Vaccine operations Central Provinces & Berar 1912-1920 - 1912-1920
Year: 1912
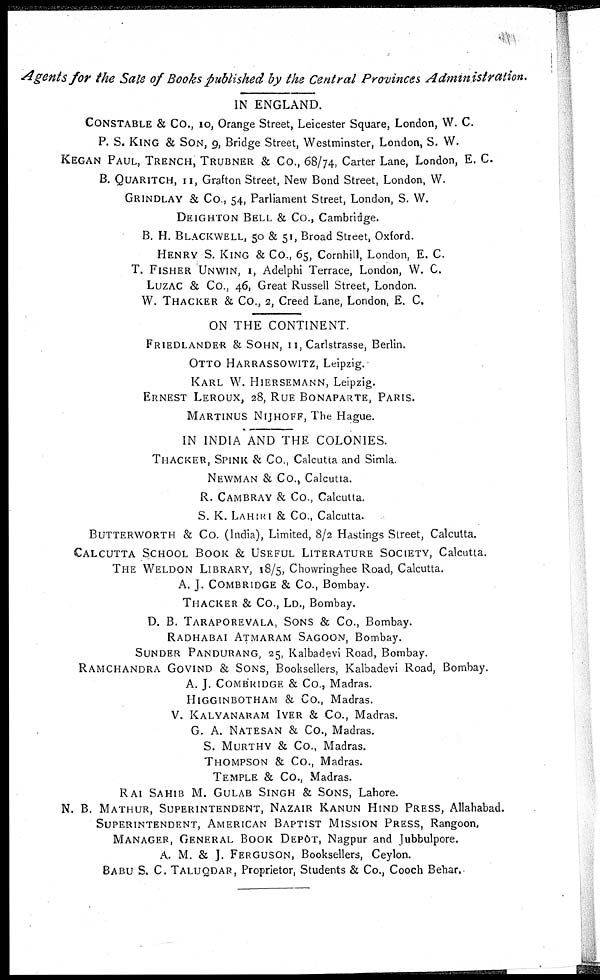
Agents for the Sale of Books published by the Central Provinces
Administration.
IN ENGLAND.
CONSTABLE & Co., 10, Orange Street, Leicester Square, London, W. C.
P. S. KING & SON, 9, Bridge Street, Westminster, London, S. W.
KEGAN PAUL, TRENCH, TRUBNER & Co., 68/74, Carter Lane, London, E. C.
B. QUARITCH, 11, Grafton Street, New Bond Street, London, W.
GRINDLAY & Co., 54, Parliament Street, London, S. W.
DEIGHTON BELL & Co., Cambridge.
B. H. BLACKWELL, 50 & 51, Broad Street, Oxford.
HENRY S. KING & Co., 65, Cornhill, London, E. C.
T. FISHER UNWIN, 1, Adelphi Terrace, London, W. C.
LUZAC & Co., 46, Great Russell Street, London.
W. THACKER & Co., 2, Creed Lane, London, E. C.
ON THE CONTINENT.
FRIEDLANDER & SOHN, 11, Carlstrasse, Berlin.
OTTO HARRASSOWITZ, Leipzig.
KARL W. HIERSEMANN, Leipzig.
ERNEST LEROUX, 28, RUE BONAPARTE, PARIS.
MARTINUS NIJHOFF, The Hague.
IN INDIA AND THE COLONIES.
THACKER, SPINK & Co., Calcutta and Simla.
NEWMAN & Co., Calcutta.
R. CAMBRAY & Co., Calcutta.
S. K. LAHIRI & Co., Calcutta.
BUTTERWORTH & Co. (India), Limited, 8/2 Hastings Street, Calcutta.
CALCUTTA SCHOOL BOOK & USEFUL LITERATURE SOCIETY, Calcutta.
THE WELDON LIBRARY, 18/5, Chowringhee Road, Calcutta.
A. J. COMBRIDGE & Co., Bombay.
THACKER & Co., LD., Bombay.
D. B. TARAPOREVALA, SONS & Co., Bombay.
RADHABAI ATMARAM SAGOON, Bombay.
SUNDER PANDURANG, 25, Kalbadevi Road, Bombay.
RAMCHANDRA GOVIND & SONS, Booksellers, Kalbadevi Road, Bombay.
A. J. COMBRIDGE & Co., Madras.
HIGGINBOTHAM & Co., Madras.
V. KALYANARAM IYER & Co., Madras.
G. A. NATESAN & Co., Madras.
S. MURTHY & Co., Madras.
THOMPSON & Co., Madras.
TEMPLE & Co., Madras.
RAI SAHIB M. GULAB SINGH & SONS, Lahore.
N. B. MATHUR, SUPERINTENDENT, NAZAIR KANUN HIND PRESS, Allahabad.
SUPERINTENDENT, AMERICAN BAPTIST MISSION PRESS, Rangoon.
MANAGER, GENERAL BOOK DEPÔT, Nagpur and Jubbulpore.
A. M. & J. FERGUSON, Booksellers, Ceylon.
BABU S. C. TALUQDAR, Proprietor, Students & Co., Cooch Behar.